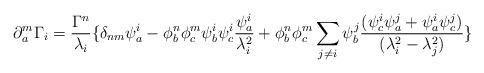
LaTeX: \begin{align*}\partial^m_a \Gamma_i = \frac{\Gamma^n}{\lambda_i} \{\delta_{nm} \psi_a^i - \phi^n_b \phi^m_c \psi_b^i \psi_c^i \frac{\psi_a^i}{\lambda_i^2} + \phi^n_b \phi^m_c \sum_{j \neq i} \psi_b^j \frac{(\psi_c^i \psi_a^j + \psi_a^i \psi_c^j)} {(\lambda_i^2 - \lambda_j^2)}\}\vspace{-12pt}\end{align*}